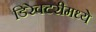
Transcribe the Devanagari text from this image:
डिरेक्टरीमध्ये